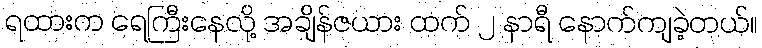
ရထားက ရေကြီးနေလို့ အချိန်ဇယား ထက် ၂ နာရီ နောက်ကျခဲ့တယ်။